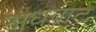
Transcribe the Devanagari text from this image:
अधवाटे